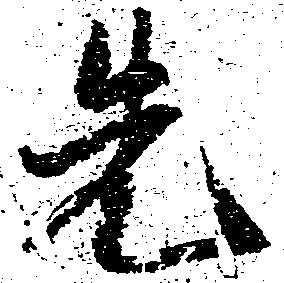
先